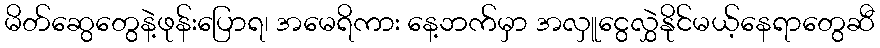
မိတ်ဆွေတွေနဲ့ဖုန်းပြောရ၊ အမေရိကား နေ့ဘက်မှာ အလှူငွေလွှဲနိုင်မယ့်နေရာတွေဆီ